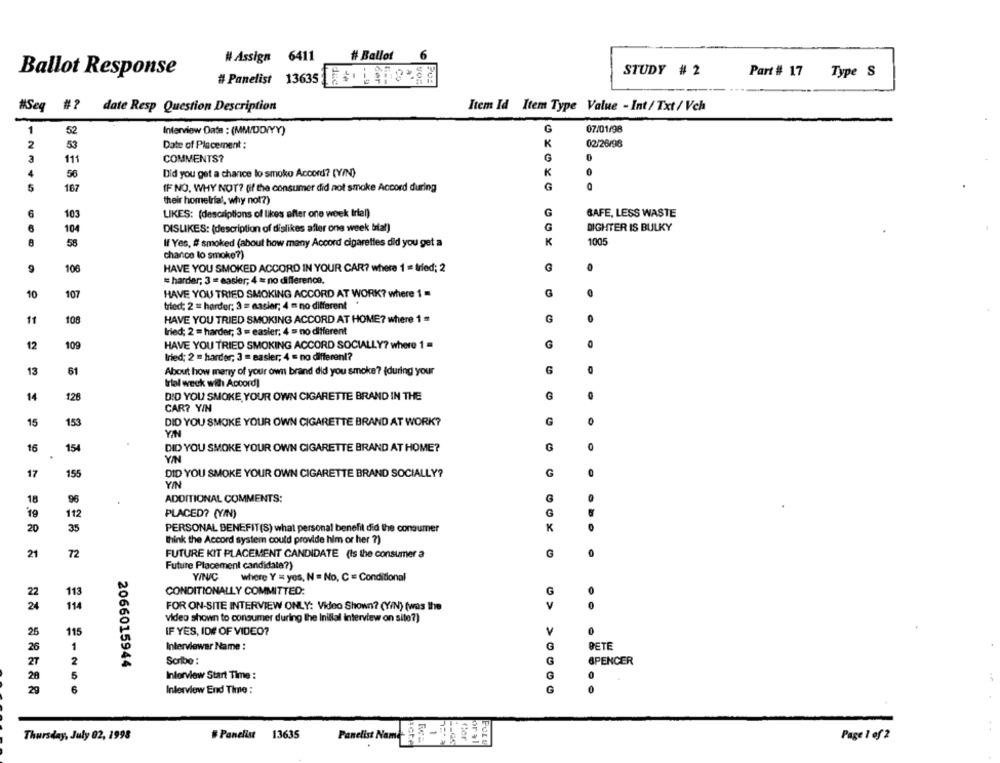
6
# Assign 6411
# Ballot
Ballot Response
STUDY # 2
Part # 17
Type S
#Panelist 13635 [ [ +. L -9382
#Seq #?
Item Id Item Type Value - Int/ Txt / Vch
date Resp Question Description
1
52
07/01/98
Interview Date : (MM/DD/YY)
2
53
Date of Placement :
K
02/26/98
111
COMMENTS?
G
56
Did you get a chance lo smoke Accord? (Y/N)
0
5
1234 5
167
IF NO. WHY NOT? (if the consumer did not smoke Accord during
G
their homelrial, why not?)
LIKES: (descriptions of likes after one week trial)
G
BAFE, LESS WASTE
103
104
DISLIKES: {description of dislikes after one week bial)
G
DIGHTER IS BULKY
58
If Yes, # smoked (about how many Accord cigarettes did you get a
K
1005
chance to smoke?)
106
HAVE YOU SMOKED ACCORD IN YOUR CAR? where 1 = tried; 2
= harder; 3 = easier; 4 = no difference.
10
107
HAVE YOU TRIED SMOKING ACCORD AT WORK? where 1 =
G
tried; 2 = harder; 3 = easier; 4 m no different
11
100
HAVE YOU TRIED SMOKING ACCORD AT HOME? where 1 =
G
Iried; 2 = harder; 3 = easier; 4 = no different
12
G
HAVE YOU TRIED SMOKING ACCORD SOCIALLY? where 1 =
Iried; 2 = harder; 3 = easier; 4 = no different?
13
61
About how many of your own brand did you smoke? (during your
G
trial weck with Accord]
14
128
DID YOU SMOKE YOUR OWN CIGARETTE BRAND IN THE
CAR? Y/N
15
153
DID YOU SMOKE YOUR OWN CIGARETTE BRAND AT WORK?
YIN
16
154
DID YOU SMOKE YOUR OWN CIGARETTE BRAND AT HOME?
0
YIN
17
155
DID YOU SMOKE YOUR OWN CIGARETTE BRAND SOCIALLY?
G
0
YIN
18
96
ADDITIONAL COMMENTS:
G
19
112
PLACED? (Y/N)
K
20
35
PERSONAL BENEFIT(S) what personal benefit did the consumer
think the Accord system could provide him or her ?)
21
72
FUTURE KIT PLACEMENT CANDIDATE (Is the consumer a
G
Future Placement candidate?)
YIN/C
where Y = yos, N = No, C = Conditional
22
113
CONDITIONALLY COMMITTED:
G
24
114
FOR ON-SITE INTERVIEW ONLY: Video Shown? (YIN) (was the
v
video shown to consumer during the Inillal interview on site?)
25
115
IF YES, IDE OF VIDEO?
V
26
1
Interviewar Name :
G
DETE
27
2
2066015944
Scribe :
G
SPENCER
28
5
Inforview Start Time :
G
6
Interview End Time :
G
Thursday, July 02, 1998
#Panelist 13635
Panelist Name
Cor
Page 1 of 2